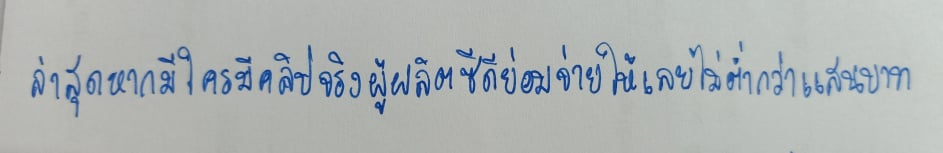
ล่าสุดหากใครมีคลิปจริงผู้ผลิตซีดียอมจ่ายให้เลยไม่ต่ำกว่าแสนบาท